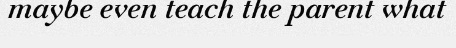
maybe even teach the parent what